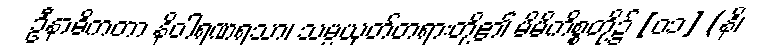
ဦနာဓိကတာ နိဝါရဏရသာ၊ သမ္ပယုတ်တရားတို့၏ မိမိကိစ္စတို့၌ [၀၁] (နိ၊